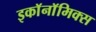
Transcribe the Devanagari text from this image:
इकाॅनाॅमिक्स